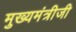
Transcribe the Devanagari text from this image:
मुख्यमंत्रीजी